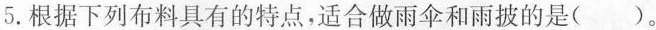
5.根据下列布料具有的特点，适合做雨伞和雨披的是( )。